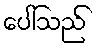
ပေါ်သည်